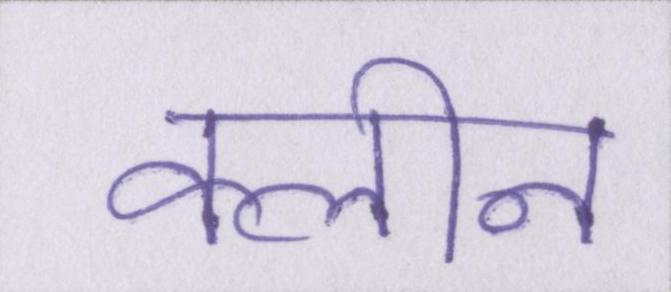
क्लीन